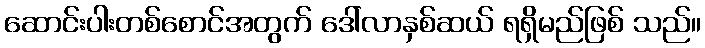
ဆောင်းပါးတစ်စောင်အတွက် ဒေါ်လာနှစ်ဆယ် ရရှိမည်ဖြစ် သည်။